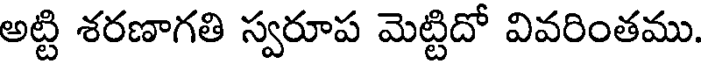
అట్టి శరణాగతి స్వరూప మెట్టిదో వివరింతము.